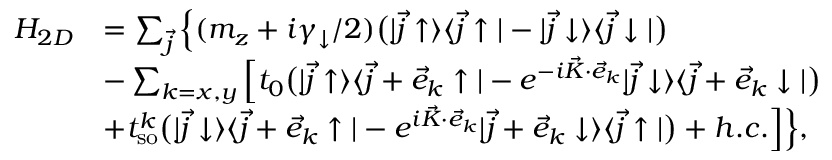
\begin{array} { r l } { H _ { 2 D } } & { = \sum _ { \vec { j } } \Big \{ ( m _ { z } + i \gamma _ { \downarrow } / 2 ) \bigr ( | \vec { j } \uparrow \rangle \langle \vec { j } \uparrow | - | \vec { j } \downarrow \rangle \langle \vec { j } \downarrow | \bigr ) } \\ & { - \sum _ { k = x , y } \Big [ t _ { 0 } \bigr ( | \vec { j } \uparrow \rangle \langle \vec { j } + \vec { e } _ { k } \uparrow | - e ^ { - i \vec { K } \cdot \vec { e } _ { k } } | \vec { j } \downarrow \rangle \langle \vec { j } + \vec { e } _ { k } \downarrow | \bigr ) } \\ & { + t _ { \mathrm { s o } } ^ { k } \bigr ( | \vec { j } \downarrow \rangle \langle \vec { j } + \vec { e } _ { k } \uparrow | - e ^ { i \vec { K } \cdot \vec { e } _ { k } } | \vec { j } + \vec { e } _ { k } \downarrow \rangle \langle \vec { j } \uparrow | \bigr ) + h . c . \Big ] \Big \} , } \end{array}